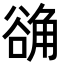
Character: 𬢗